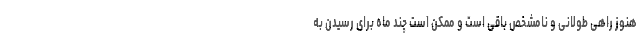
هنوز راهی طولانی و نامشخص باقی است و ممکن است چند ماه برای رسیدن به